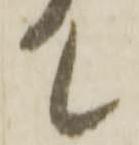
て